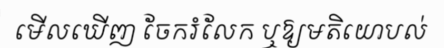
មើលឃើញ ចែករំលែក ឬឱ្យមតិយោបល់